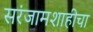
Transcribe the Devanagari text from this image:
सरंजामशाहीचा